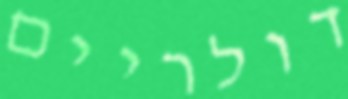
דולריים